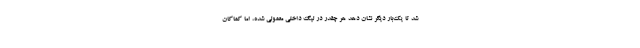
شد تا یک‌بار دیگر نشان دهد هر چقدر در لیگ داخلی معمولی شده، اما کماکان